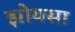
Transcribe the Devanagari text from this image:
झोयसा